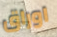
اوراق